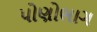
પોણોભાગ